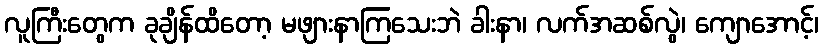
လူကြီးတွေက ခုချိန်ထိတော့ မဖျားနာကြသေးဘဲ ခါးနာ၊ လက်အဆစ်လွဲ၊ ကျောအောင့်၊